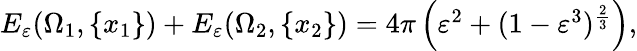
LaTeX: \begin{array}{r}{E_{\varepsilon}(\Omega_{1},\{ x_{1}\} )+E_{\varepsilon}(\Omega_{2},\{ x_{2}\} )=4\pi\left(\varepsilon^{2}+(1-\varepsilon^{3})^{\frac{2}{3}}\right),}\end{array}